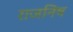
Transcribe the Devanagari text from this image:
राजनिष